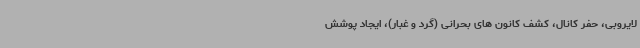
لایروبی، حفر کانال، کشف کانون های بحرانی (گرد و غبار)، ایجاد پوشش